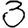
Digit: 3